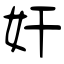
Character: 奸